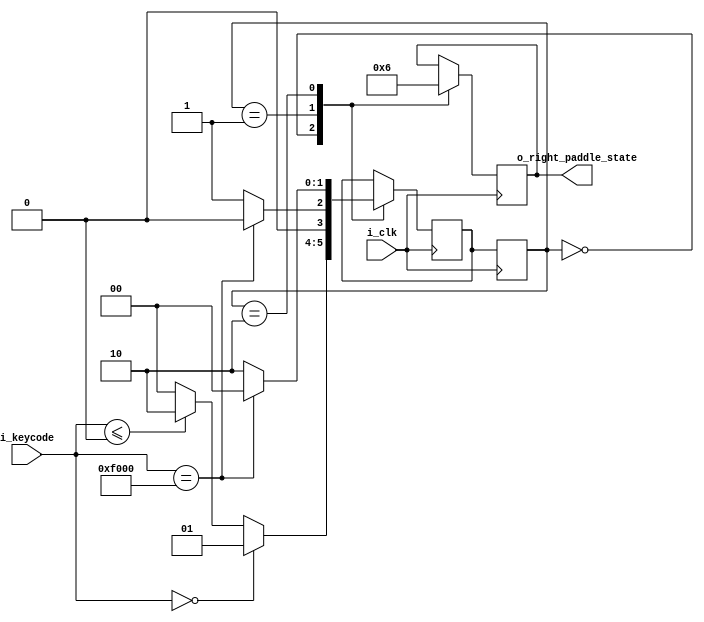
`timescale 1ns / 1ps
//////////////////////////////////////////////////////////////////////////////////
// Company: 
// Engineer: 
// 
// Design Name: 
// Module Name: paddle_movement
// Project Name: 
// Target Devices: 
// Tool Versions: 
// Description: 
// 
// Dependencies: 
// 
// Revision:
// Revision 0.01 - File Created
// Additional Comments:
// 
//////////////////////////////////////////////////////////////////////////////////


module right_paddle_move (
    input i_clk,
    input [15:0] i_keycode,
    output reg [1:0] o_right_paddle_state = 0
);

    
    parameter NOT_MOVING = 2'b00;
    parameter MOVING_UP = 2'b01;
    parameter MOVING_DOWN = 2'b10;
    parameter PR_UP = 8'h00;
    parameter PR_DOWN = 8'h00;
    parameter KEY_RELEASE = 8'hF0;

    
    
    
    reg [1:0] current_state = NOT_MOVING;
    reg [1:0] next_state = NOT_MOVING;
    
    

    
    
    
    
    always @(posedge i_clk)
    begin
        current_state <= next_state;
    end
    
   
    always @(posedge i_clk)
    begin
        case (current_state)
        
        NOT_MOVING:
        begin
            if (i_keycode == {8'h00, PR_UP})
                next_state <= MOVING_UP;
            else if (i_keycode <= {8'h00, PR_DOWN})
                next_state <= MOVING_DOWN;
            else
                next_state <= NOT_MOVING;
        end
        
        MOVING_UP: 
        begin
        if (i_keycode == {8'hF0, PR_UP})
            next_state <= NOT_MOVING;
        else
            next_state <= MOVING_UP;
        end
        
        MOVING_DOWN:
        begin
        if (i_keycode == {8'hF0, PR_DOWN})
            next_state <= NOT_MOVING;
        else
            next_state <= MOVING_DOWN;
        end
        
        endcase
    end
    
    
    
    always @(posedge i_clk)
    begin
        case(current_state)
            
            NOT_MOVING: 
            begin
            o_right_paddle_state <= NOT_MOVING;
            end
            
            MOVING_UP: 
            begin
            o_right_paddle_state <= MOVING_UP;
            end
            
            MOVING_DOWN: 
            begin
            o_right_paddle_state <= MOVING_DOWN;
            end
   
        endcase
    end
    
    
    
    
 endmodule